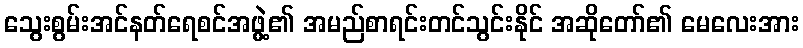
သွေးစွမ်းအင်နတ်ရေစင်အဖွဲ့၏ အမည်စာရင်းတင်သွင်းနိုင် အဆိုတော်၏ မေလေးအား